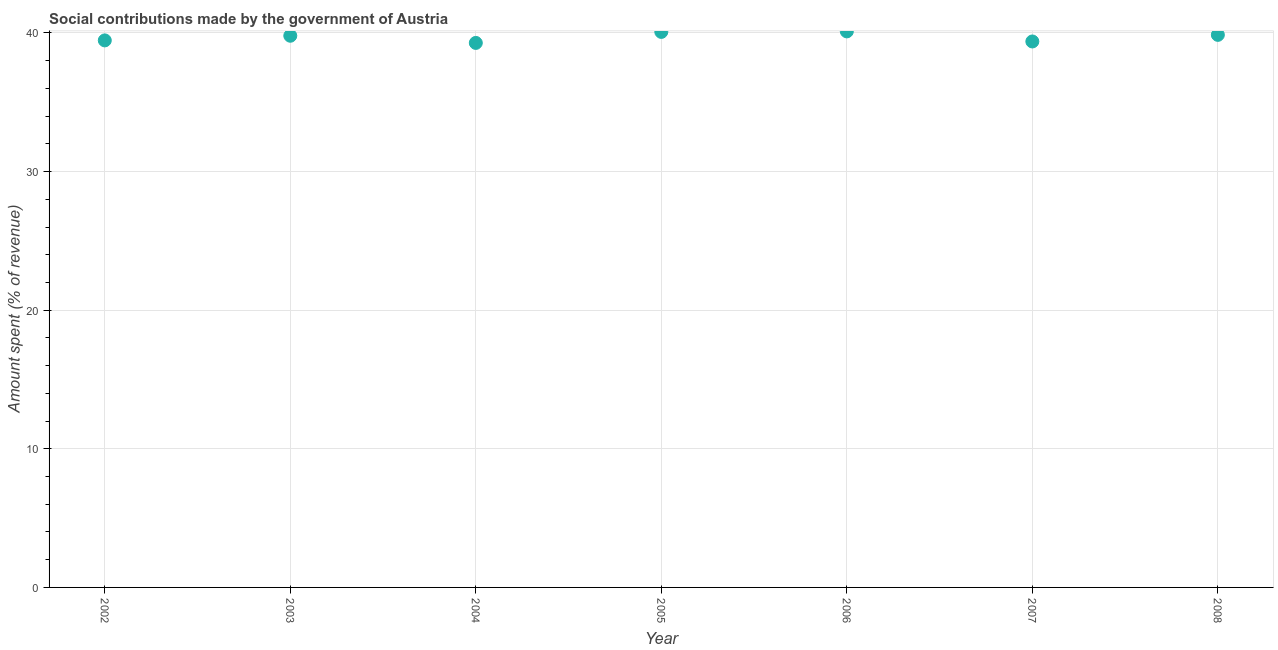
| Year | Social contributions |
 | --- | --- |
 | 2002 | 39.5 |
 | 2003 | 39.8 |
 | 2004 | 39.3 |
 | 2005 | 40.1 |
 | 2006 | 40.1 |
 | 2007 | 39.4 |
 | 2008 | 39.9 |